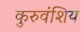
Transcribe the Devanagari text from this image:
कुरुवंशिय